Report on sanitation, dispensaries, and jails in Rajputana for 1917, and on vaccination for the year 1917-1918 - 1917-1918
Year: 1917
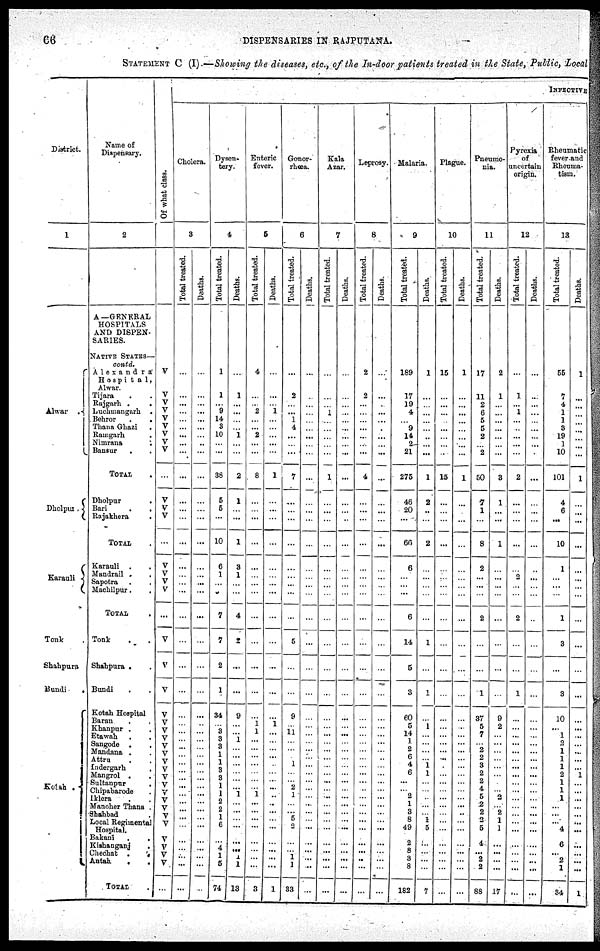
66
DISPENSARIES IN RAJPUTANA.
STATEMENT C (I).—Showing the diseases, etc., of the In-door patients treated in the State, Public, Local
District.
1
Alwar
Dholpur .
Karauli
Tonk
Shahpura
Bundi
Kotah .
Name of
Dispensary.
2
A—GENERAL
HOSPITALS
AND DISPEN-
SARIES.
NATIVE STATES—
contd.
Alexandra
Hospital,
Alwar.
Tijara . .
Rajgarh .
.
Luchmangarh .
Behror
. .
Thana Ghazi .
Ramgarh .
Nimrana .
Bansur . .
TOTAL .
Dholpur .
Bari . .
Rajakhera .
TOTAL .
Karuali . .
Mandrail . .
Sapotra . .
Machilpur. .
TOTAL .
Tonk . .
Shahpura . .
Bundi . .
Kotah Hospital
Baran . .
Khanpur . .
Etawah . .
Sangode . .
Mandana . .
Attru . .
Indergarh .
Mangrol . .
Sultanpur
.
Chipabarode .
Iklera . .
Manoher Thana .
Shahbad .
Local Regimental
Hospital.
Bakani . .
Kishanganj .
Chechat
.
.
Antah . .
TOTAL .
INFECTIVE
Of what class.
V
V
V
V
V
V
V
V
V
...
V
V
V
...
V
V
V
V
...
V
V
V
V
V
V
V
V
V
V
V
V
V
V
V
V
V
V
V
V
V
V
...
Cholera.
3
Total treated.
...
...
...
...
...
...
...
...
...
...
...
...
...
...
...
...
...
...
...
...
...
...
...
...
...
...
...
...
...
...
...
...
...
...
...
...
...
...
...
...
...
...
Deatht.
...
...
...
...
...
...
...
...
...
...
...
...
...
...
...
...
...
...
...
...
...
...
...
...
...
...
...
...
...
...
...
...
...
...
...
...
...
...
...
...
...
...
Dyten¬
tary.
4
Total treated.
1
1
...
9
14
3
10
...
...
38
5
5
...
10
6
1
...
...
7
7
2
1
34
...
3
3
3
1
1
3
3
1
1
2
2
1
6
...
4
1
5
74
Death..
...
1
...
...
...
... 1
...
...
2
1
...
...
1
3
1
...
...
4
2
...
...
9
...
...
1
...
...
...
...
...
...
1
...
...
...
...
...
...
1
1
13
Enteric
fever.
5
Total treated.
4
...
...
2
...
... 2
...
...
8
...
...
...
...
...
...
...
...
...
...
...
...
...
1
1
...
...
...
...
...
...
...
1
...
...
...
...
...
...
...
...
3
Deaths.
...
...
...
1
...
...
...
...
...
1
...
...
...
...
...
...
...
...
...
...
...
...
...
1
...
...
...
...
...
...
...
...
...
...
...
...
...
...
...
...
...
1
Gonor¬
rhœa.
6
Total treated.
...
2
...
...
1
4
...
...
...
7
...
...
...
...
...
...
...
...
...
5
...
...
9
...
11
...
...
...
1
...
...
2
1
...
... 5
2
...
...
1
1
33
Deaths.
...
...
...
...
...
...
...
...
...
...
...
...
...
...
...
...
...
...
...
...
...
...
...
...
...
...
...
...
...
...
...
...
...
...
...
...
...
...
...
...
...
...
Kala
Azar.
7
Total treated.
...
...
...
1
...
...
...
...
...
1
...
...
...
...
...
...
...
...
...
...
...
...
...
...
...
...
...
...
...
...
...
...
...
...
...
...
...
...
...
...
...
...
Deaths.
...
...
...
...
...
...
...
...
...
...
...
...
...
...
...
...
...
...
...
...
...
...
...
...
...
...
...
...
...
...
...
...
...
...
...
...
...
...
...
...
...
...
Leprosy.
8
Total treated.
2
2
...
...
...
...
...
...
...
4
...
...
...
...
...
...
...
...
...
...
...
...
...
...
...
...
...
...
...
...
...
...
...
...
...
...
...
...
...
...
...
...
Deaths.
...
...
...
...
...
...
...
...
...
...
...
...
...
...
...
...
...
...
...
...
...
...
...
...
...
...
...
...
...
...
...
...
...
...
...
...
...
...
...
...
...
...
Malaria.
9
Total treated.
189
17
19
4
...
9
14
2
21
275
46
20
...
66
6
...
...
...
6
14
5
3
60
5
14
1
2
6
4
6
...
...
2
1
3
8
49
2
8
3
8
182
Deaths.
1
...
...
...
...
...
...
...
...
1
2
...
...
2
...
...
...
...
...
1
...
1
...
1
...
...
...
...
1
1
...
...
...
...
...
...
5
...
...
...
...
7
Plague.
10
Total treated.
15
...
...
...
...
...
...
...
...
15
...
...
...
...
...
...
...
...
...
...
...
...
...
...
...
...
...
...
...
...
...
...
...
...
...
...
...
...
...
...
...
...
Deaths.
1
...
...
...
...
...
...
...
...
1
...
...
...
...
...
...
...
...
...
...
...
...
...
...
...
...
...
...
...
...
...
...
...
...
...
...
...
...
...
...
...
...
Pneumo-
nia.
11
Total treated.
17
11
2
6
5
5
2
... 2
50
7
1
...
8
2
...
...
...
2
...
...
1
37
5
7
...
2
2
3
2
2
4
5
2
2
2
5
4
...
2
2
88
Deaths.
2
1
...
...
...
...
...
...
...
3
1
...
...
1
...
...
...
...
...
...
...
...
9
2
...
...
...
...
...
...
...
...
2
... 2
...
1
...
...
...
...
17
Pyrexia
of
uncertain
origin.
12
Total treated.
...
1
...
1
...
...
...
...
...
2
...
...
...
...
...
2
...
...
2
...
...
1
...
...
...
...
...
...
...
...
...
...
...
...
...
...
...
...
...
...
...
...
Deaths.
...
...
...
...
...
...
...
...
...
...
...
...
...
...
...
...
...
...
...
...
...
...
...
...
...
...
...
...
...
...
...
...
...
...
...
...
...
...
...
...
...
...
Rheumatic
fever and
Rheuma¬
tism.
13
Total treated.
55
7
4
1
1
3
19
1
10
101
4
6
...
10
1
...
...
...
1
3
...
3
10
...
1
3
1
1
1
2
1
1
1
...
...
...
4
6
...
2
1
34
Deaths.
1
...
...
...
...
...
...
...
...
1
...
...
...
...
...
...
...
...
...
...
...
...
...
...
...
...
...
...
...
1
...
...
...
...
...
...
...
...
...
...
...
1